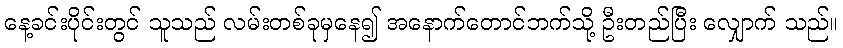
နေ့ခင်းပိုင်းတွင် သူသည် လမ်းတစ်ခုမှနေ၍ အနောက်တောင်ဘက်သို့ ဦးတည်ပြီး လျှောက် သည်။